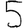
Digit: 5